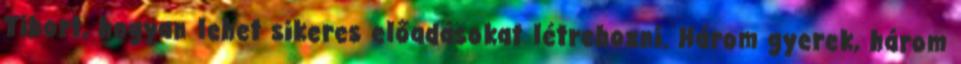
Tibort, hogyan lehet sikeres előadásokat létrehozni. Három gyerek, három